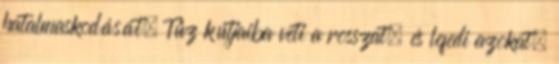
hatalmaskodását. Tűz kútjaiba veti a rosszat, és lefedi azokat,